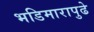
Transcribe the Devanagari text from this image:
भडिमारापुढे